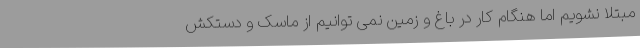
مبتلا نشویم اما هنگام کار در باغ و زمین نمی توانیم از ماسک و دستکش